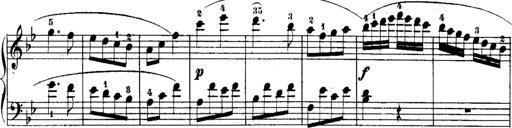
Title: Rondos and Sonatinas for Pianoforte
Composer: Daniel Steibelt